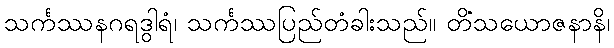
သင်္ကဿနဂရဒွါရံ၊ သင်္ကဿပြည်တံခါးသည်။ တိံသယောဇနာနိ၊